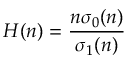
H ( n ) = { \frac { n \sigma _ { 0 } ( n ) } { \sigma _ { 1 } ( n ) } }